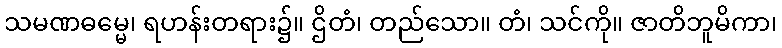
သမဏဓမ္မေ၊ ရဟန်းတရား၌။ ဌိတံ၊ တည်သော။ တံ၊ သင်ကို။ ဇာတိဘူမိကာ၊